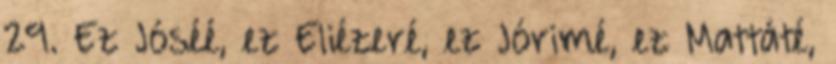
29. Ez Jóséé, ez Eliézeré, ez Jórimé, ez Mattáté,